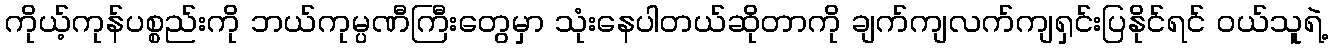
ကိုယ့်ကုန်ပစ္စည်းကို ဘယ်ကုမ္ပဏီကြီးတွေမှာ သုံးနေပါတယ်ဆိုတာကို ချက်ကျလက်ကျရှင်းပြနိုင်ရင် ၀ယ်သူရဲ့